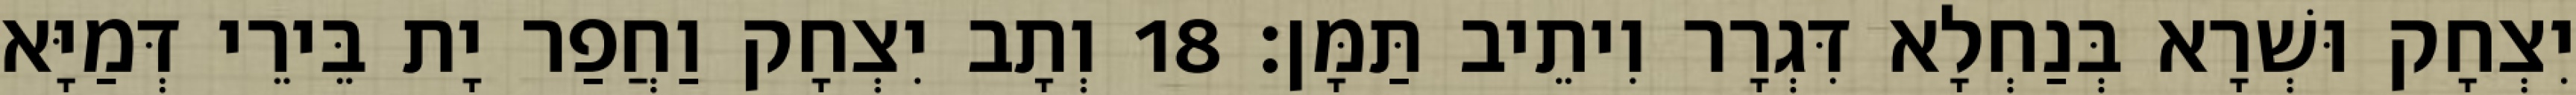
יִצְחָק וּשְׁרָא בְּנַחְלָא דִּגְרָר וִיתֵיב תַּמָּן׃ 18 וְתָב יִצְחָק וַחֲפַר יָת בֵּירֵי דְּמַיָּא